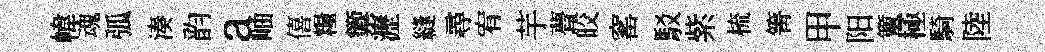
幃魂弧湊韵a岫僖糧籞瀝縫尋宥芋瞢皎窰駁紫梳箐甲阳簟極騎陸